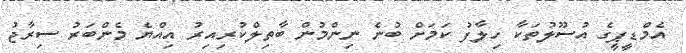
އެމްޑީޕީގެ އުސޫލުތަކާ ހިލާފު ކަމަށް ބުނެ ނިންމުން ބާތިލްކުރިއިރު އިއްޔެ މެންބަރު ސިރާޖު